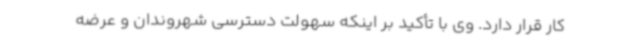
کار قرار دارد. وی با تأکید بر اینکه سهولت دسترسی شهروندان و عرضه